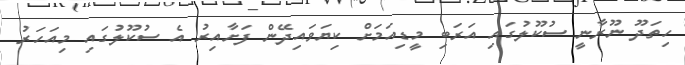
ހިތަދޫ ނޫރާނީ ސުކޫލުގައި އަރަބި މީޑިއަމަށް ކިޔަވައިދޭން ފަށާއިރު އެ ސުކޫލުގައި މިއަހަރު